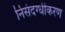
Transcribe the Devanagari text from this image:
निसंदग्धीकरण